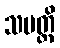
သမတ္ထိ